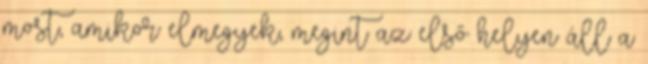
most, amikor elmegyek, megint az első helyen áll a